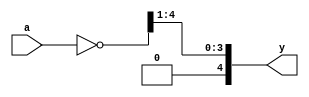
module test02(a, y);
  input signed [3:0] a;
  output signed [4:0] y;
  assign y = (~a) >> 1;
endmodule